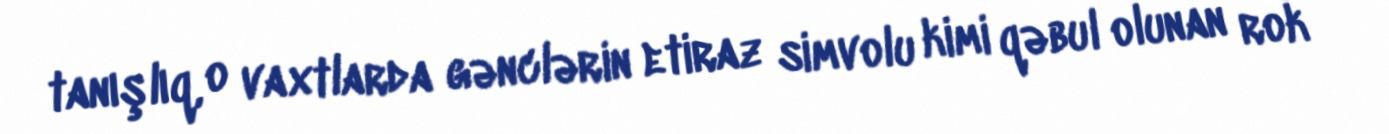
tanışlıq, o vaxtlarda gənclərin etiraz simvolu kimi qəbul olunan rok